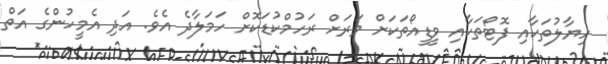
ހިޔާލުތަކާއި ފޮޓޯތަކާއި ވީޑީއޯތަކަށް ވަރަށް ރަހުމްކުޑަކޮށް ހަމަލާދެ އެވެ. އަދި އެމީހުންގެ އަތް